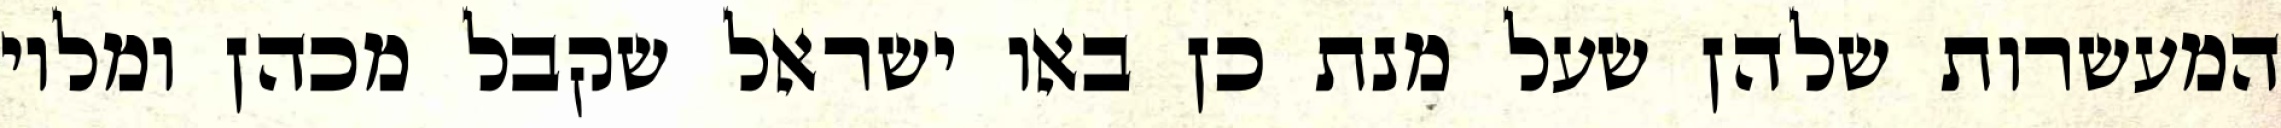
המעשרות שלהן שעל מנת כן באו ישראל שקבל מכהן ומלוי